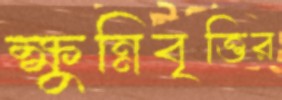
ক্ষুন্নিবৃত্তির